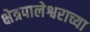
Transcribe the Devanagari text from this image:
क्षेत्रपालेश्वराच्या